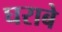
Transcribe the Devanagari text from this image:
घराबे